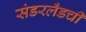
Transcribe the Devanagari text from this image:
संडरलँडची